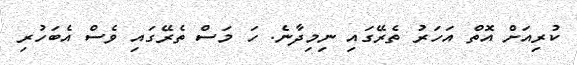
ކުރިއަށް އޮތް އަހަރު ތެރޭގައި ނިމިދާނެ. ހަ މަސް ތެރޭގައި ވެސް އެބަހުރި